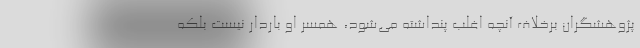
پژوهشگران برخلاف آنچه اغلب پنداشته می‌شود، همسر او باردار نیست بلکه